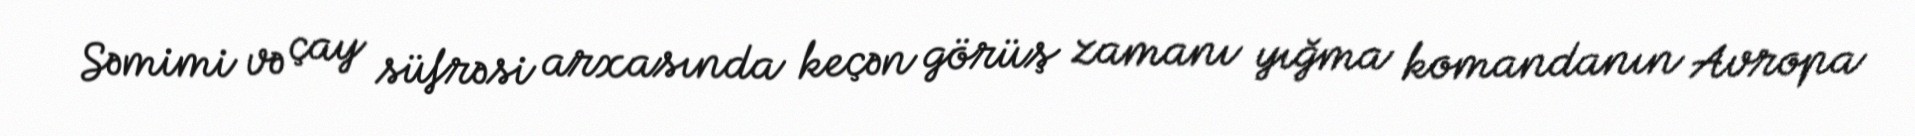
Səmimi və çay süfrəsi arxasında keçən görüş zamanı yığma komandanın Avropa